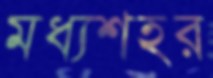
মধ্যশহর